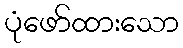
ပုံဖော်ထားသော